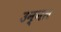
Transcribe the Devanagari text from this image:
उन्नल